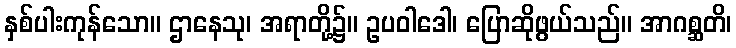
နှစ်ပါးကုန်သော။ ဌာနေသု၊ အရာတို့၌။ ဥပဝါဒေါ၊ ပြောဆိုဖွယ်သည်။ အာဂစ္ဆတိ၊